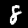
Label: 8